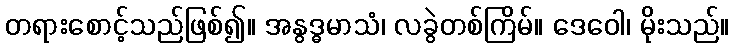
တရားစောင့်သည်ဖြစ်၍။ အနွဒ္ဓမာသံ၊ လခွဲတစ်ကြိမ်။ ဒေဝေါ၊ မိုးသည်။